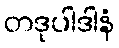
တဒုပါဒါနံ